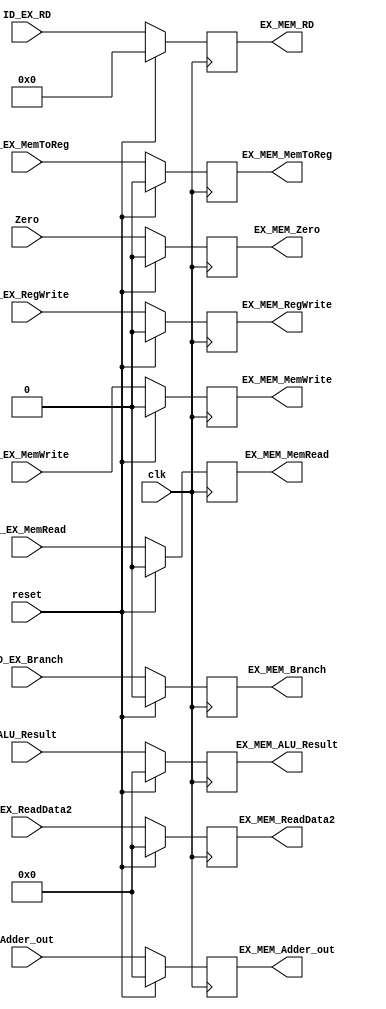
`timescale 1ns / 1ps

module EX_MEM(clk, reset, 

ID_EX_RegWrite, ID_EX_MemRead, ID_EX_MemToReg, ID_EX_MemWrite, ID_EX_Branch, // input control signals
Adder_out, ALU_Result, Zero, ID_EX_ReadData2, ID_EX_RD,  // inputs

EX_MEM_RegWrite, EX_MEM_MemRead, EX_MEM_MemToReg, EX_MEM_MemWrite, EX_MEM_Branch, // output control signals
EX_MEM_Adder_out, EX_MEM_ALU_Result, EX_MEM_Zero, EX_MEM_ReadData2, EX_MEM_RD); // outputs

//inputs
input clk, reset, ID_EX_RegWrite, ID_EX_MemRead, ID_EX_MemToReg, ID_EX_MemWrite, ID_EX_Branch, Zero; // 1 bit
input [4:0] ID_EX_RD; // 5 bits
input [63:0] Adder_out, ALU_Result, ID_EX_ReadData2; // 64 bits

//outputs
output reg  EX_MEM_RegWrite, EX_MEM_MemRead, EX_MEM_MemToReg, EX_MEM_MemWrite, EX_MEM_Branch, EX_MEM_Zero; // 1 bit
output reg [4:0] EX_MEM_RD; // 5 bits
output reg [63:0] EX_MEM_Adder_out, EX_MEM_ALU_Result, EX_MEM_ReadData2; // 64 bits

// input addermuxselectin,

//Assigning values
always @(posedge clk) // triggers re-evaluation
begin
        case (reset)
        1'b1: // reset on
        begin
            EX_MEM_RegWrite <= 0;
            EX_MEM_MemRead <= 0;
            EX_MEM_MemToReg <= 0;
            EX_MEM_MemWrite <= 0;
            EX_MEM_Branch <= 0;
            EX_MEM_Zero <= 0;
            EX_MEM_RD <= 0;
            EX_MEM_Adder_out <= 0;
            EX_MEM_ALU_Result <= 0;
            EX_MEM_ReadData2 <= 0;
        end

//        1'b0: // reset off
        default:
        begin
            EX_MEM_RegWrite <= ID_EX_RegWrite;
            EX_MEM_MemRead <= ID_EX_MemRead;
            EX_MEM_MemToReg <= ID_EX_MemToReg;
            EX_MEM_MemWrite <= ID_EX_MemWrite;
            EX_MEM_Branch <= ID_EX_Branch;
            EX_MEM_Zero <= Zero;
            EX_MEM_RD <= ID_EX_RD;
            EX_MEM_Adder_out <= Adder_out;
            EX_MEM_ALU_Result <= ALU_Result;
            EX_MEM_ReadData2 <= ID_EX_ReadData2;
        end
    endcase

end
endmodule